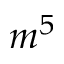
m ^ { 5 }